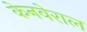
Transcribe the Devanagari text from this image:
केनवेराल